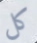
كل